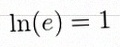
\ln(e)=1